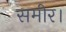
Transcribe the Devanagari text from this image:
समीर।